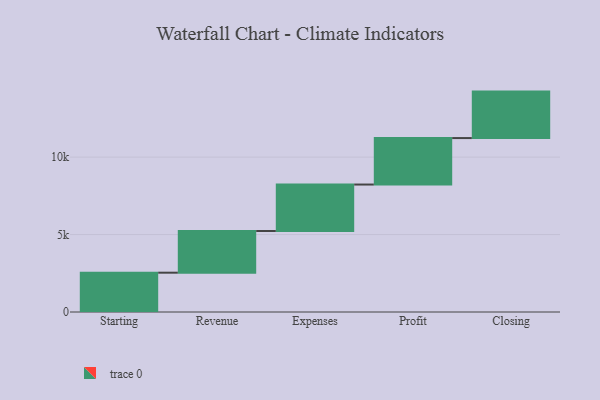
{"axis": {"x": "Step", "y": "Value"}, "legend": [""], "data": [{"x": "Starting", "y": 2538.0, "type": ""}, {"x": "Revenue", "y": 2691.0, "type": ""}, {"x": "Expenses", "y": 3000, "type": ""}, {"x": "Profit", "y": 3000, "type": ""}, {"x": "Closing", "y": 3000, "type": ""}]}